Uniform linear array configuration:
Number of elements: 12
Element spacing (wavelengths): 0.5
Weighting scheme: exponential
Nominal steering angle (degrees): -45
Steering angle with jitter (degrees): -44.326
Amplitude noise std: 0.05
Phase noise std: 0.05

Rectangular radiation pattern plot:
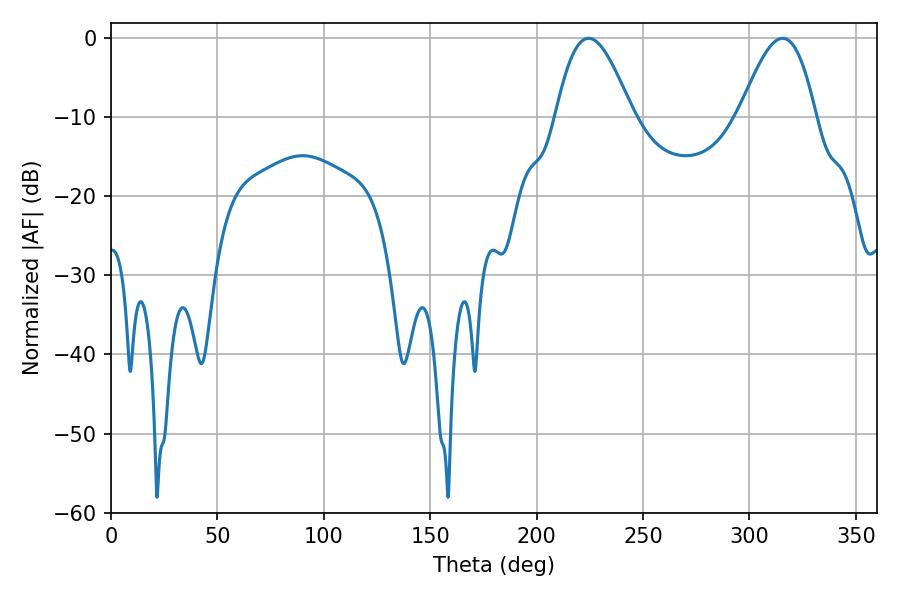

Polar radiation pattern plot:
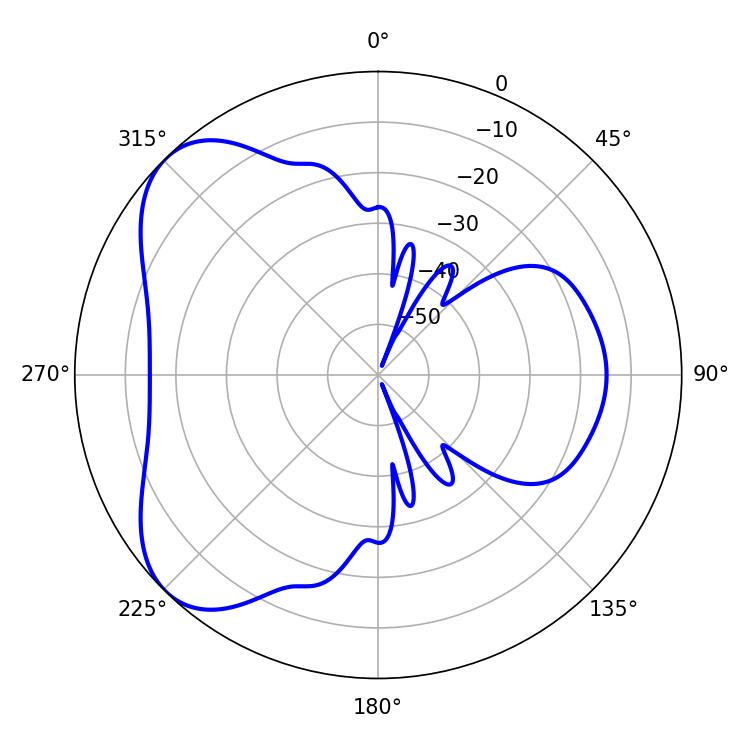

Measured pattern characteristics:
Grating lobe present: FALSE
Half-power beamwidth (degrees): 19.26
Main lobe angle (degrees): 224.46